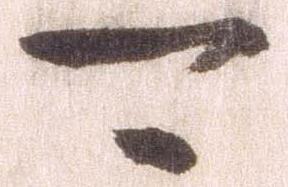
可